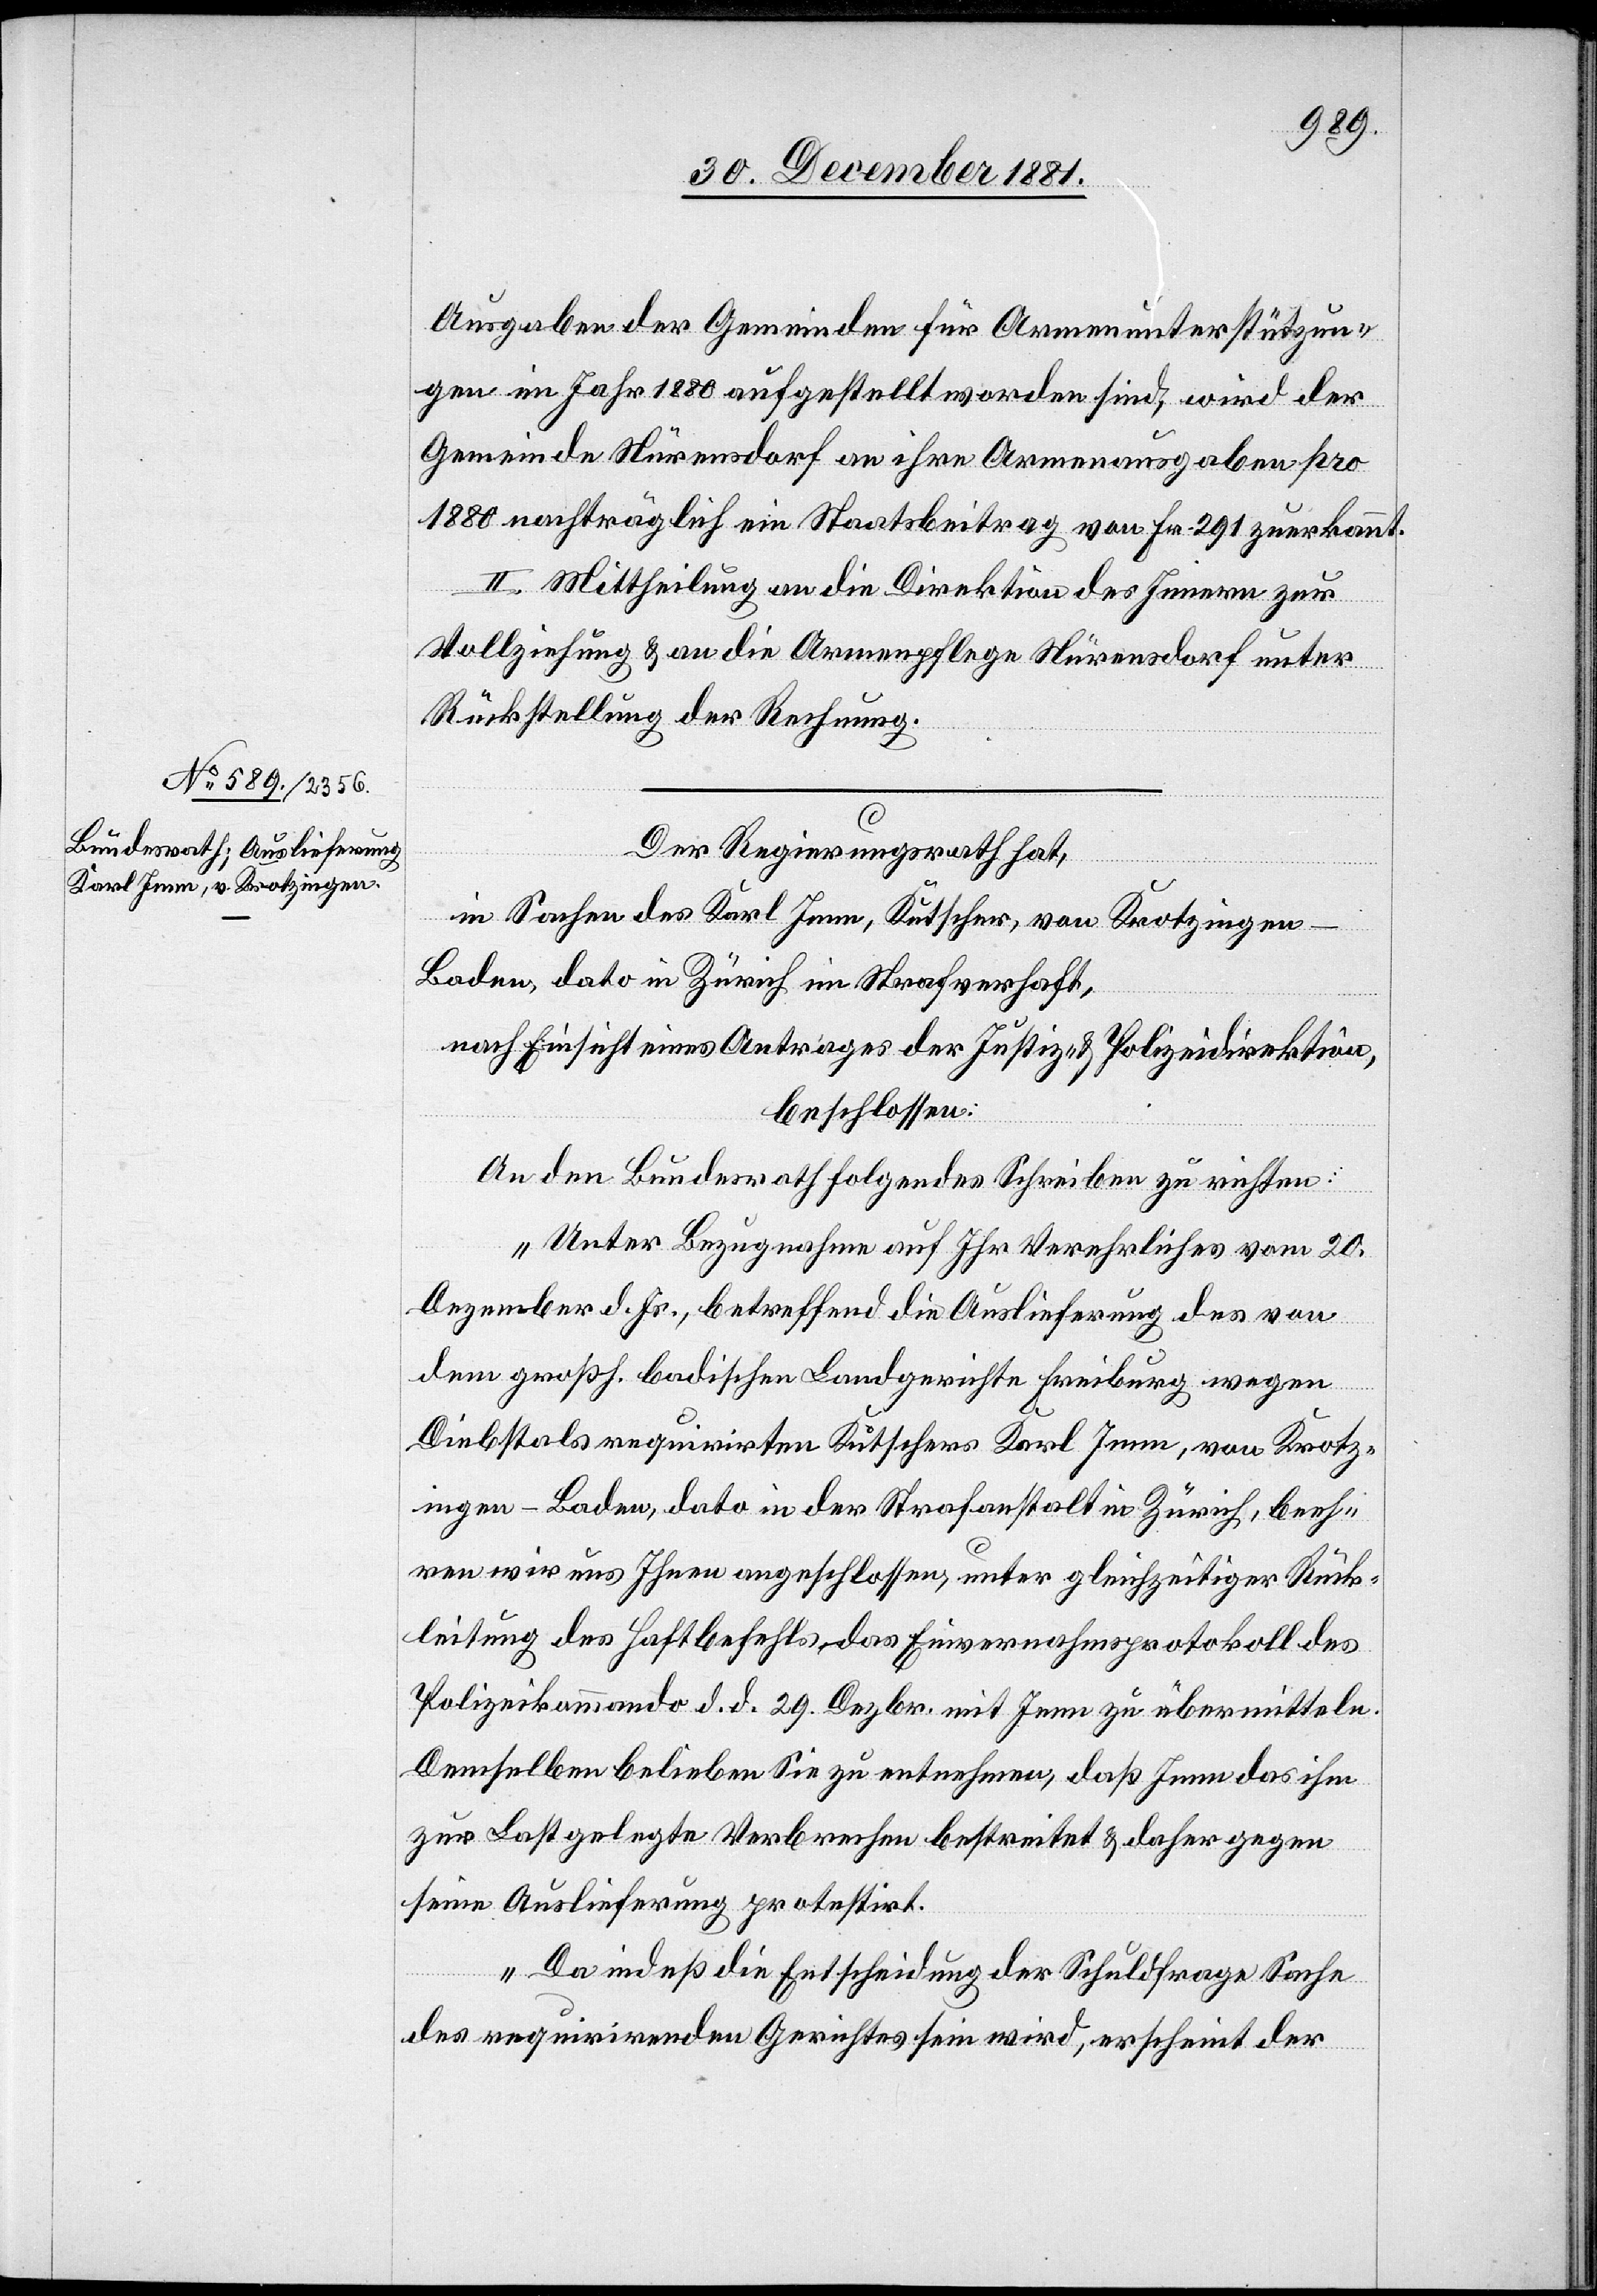
Ausgaben der Gemeinden für Armenunterstützun¬
gen im Jahr 1880 aufgestellt worden sind, wird der
Gemeinde Nürensdorf an ihre Armenausgaben pro
1880 nachträglich ein Staatsbeitrag von Fr. 291 zuerkannt.
II. Mittheilung an die Direktion des Innern zur
Vollziehung & an die Armenpflege Nürensdorf unter
Rückstellung der Rechnung.
Der Regierungsrath hat,
in Sachen des Karl Jann, Kutscher, von Krotzingen
-
Baden, dato in Zürich in Strafverhaft,
nach Einsicht eines Antrages der Justiz- & Polizeidirektion,
beschlossen:
An den Bundesrath folgendes Schreiben zu richten:
„Unter Bezugnahme auf Ihr Verehrliches vom 20.
Dezember d. Js., betreffend die Auslieferung des von
dem großh. badischen Landgerichte Freiburg wegen
Diebstals requirirten Kutschers Karl Jenn [sic!], von Krotz¬
ingen - Baden, dato in der Strafanstalt Zürich, beeh¬
ren wir uns Ihnen angeschlossen, unter gleichzeitiger Rück¬
leitung des Haftbefehls das Einvernahmsprotokoll des
Polizeikommando d. d. 29. Dezbr. mit Jenn zu übermitteln.
Demselben belieben Sie zu entnehmen, daß Jenn das ihm
zur Last gelegte Verbrechen bestreitet & daher gegen
seine Auslieferung protestirt.
Da indeß die Entscheidung der Schuldfrage Sache
des requirirenden Gerichtes sein wird, erscheint der